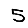
Digit: 5